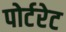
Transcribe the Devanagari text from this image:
पोर्टरेट